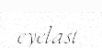
eyelast